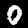
Digit: 0